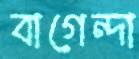
বাগেন্দা